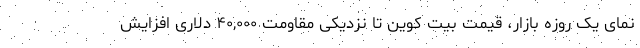
نمای یک روزه بازار، قیمت بیت کوین تا نزدیکی مقاومت ۴۰,۰۰۰ دلاری افزایش